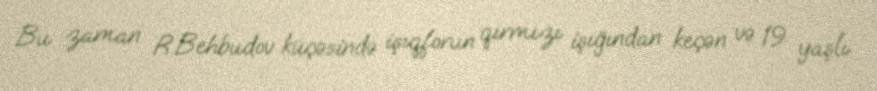
Bu zaman R.Behbudov küçəsində işıqforun qırmızı işığından keçən və 19 yaşlı